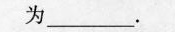
为___.